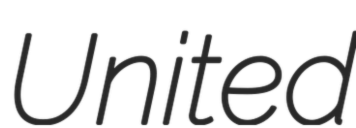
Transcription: United